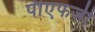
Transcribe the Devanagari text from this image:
पीएफजी